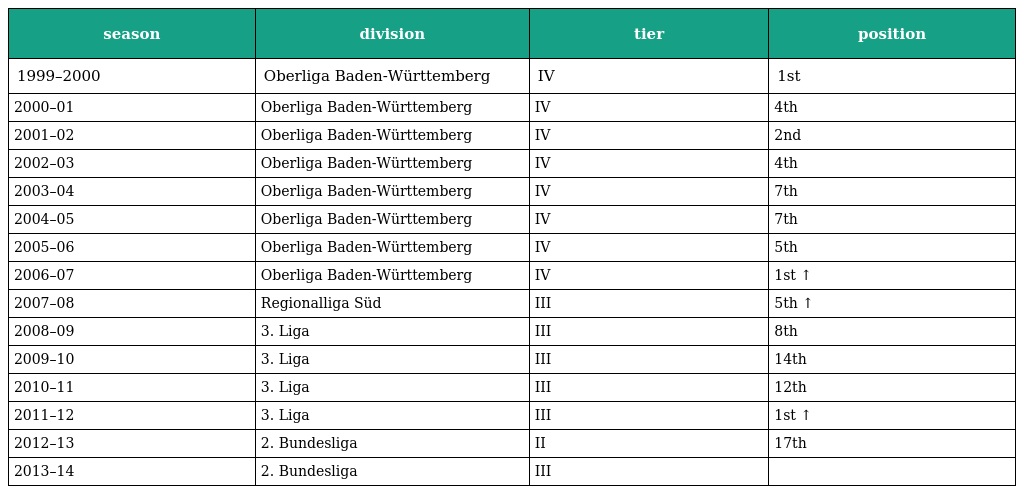
| season | division | tier | position |
 | --- | --- | --- | --- |
 | 1999–2000 | Oberliga Baden-Württemberg | IV | 1st |
 | 2000–01 | Oberliga Baden-Württemberg | IV | 4th |
 | 2001–02 | Oberliga Baden-Württemberg | IV | 2nd |
 | 2002–03 | Oberliga Baden-Württemberg | IV | 4th |
 | 2003–04 | Oberliga Baden-Württemberg | IV | 7th |
 | 2004–05 | Oberliga Baden-Württemberg | IV | 7th |
 | 2005–06 | Oberliga Baden-Württemberg | IV | 5th |
 | 2006–07 | Oberliga Baden-Württemberg | IV | 1st ↑ |
 | 2007–08 | Regionalliga Süd | III | 5th ↑ |
 | 2008–09 | 3. Liga | III | 8th |
 | 2009–10 | 3. Liga | III | 14th |
 | 2010–11 | 3. Liga | III | 12th |
 | 2011–12 | 3. Liga | III | 1st ↑ |
 | 2012–13 | 2. Bundesliga | II | 17th |
 | 2013–14 | 2. Bundesliga | III |  |